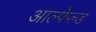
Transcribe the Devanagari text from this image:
आल्फेल्ड